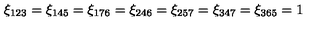
\xi _ { 1 2 3 } = \xi _ { 1 4 5 } = \xi _ { 1 7 6 } = \xi _ { 2 4 6 } = \xi _ { 2 5 7 } = \xi _ { 3 4 7 } = \xi _ { 3 6 5 } = 1